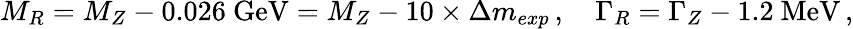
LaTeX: M_{R}=M_{Z}-0.026\ \mathrm{GeV}=M_{Z}-10\times\Delta m_{exp}\, ,\quad\Gamma_{R}=\Gamma_{Z}-1.2\ \mathrm{MeV}\, ,